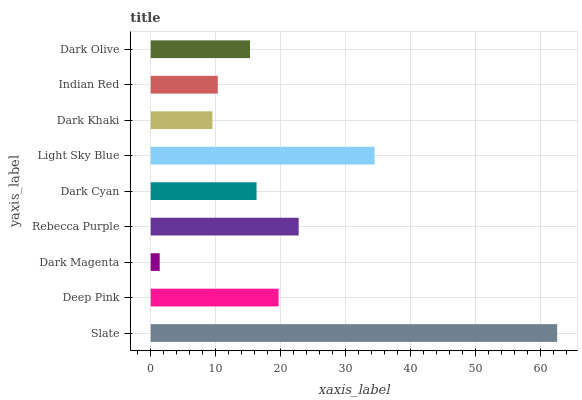
| yaxis_label | bars |
 | --- | --- |
 | Slate | 62.5 |
 | Deep Pink | 19.7 |
 | Dark Magenta | 1.38 |
 | Rebecca Purple | 22.8 |
 | Dark Cyan | 16.3 |
 | Light Sky Blue | 34.4 |
 | Dark Khaki | 9.5 |
 | Indian Red | 10.3 |
 | Dark Olive | 15.3 |